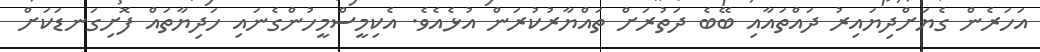
އަހަރެން ގެޔަށްދިޔައިރު ދައްތައާއި ބޭބެ ދަތުރަށް ތައްޔާރުކުރަން އުޅެއެވެ. އެކިމީސްމީހުންގެނައި ހަދިޔާތައް ފޮށިގަނޑަކަށް